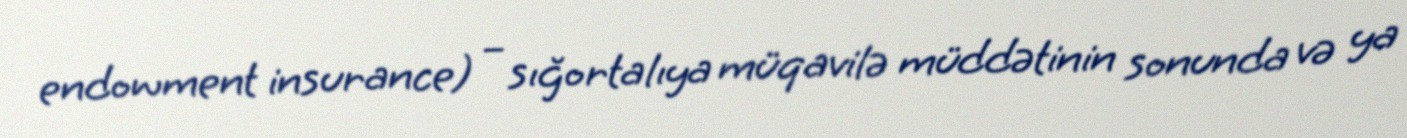
endowment insurance) – sığortalıya müqavilə müddətinin sonunda və ya